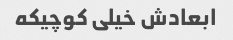
ابعادش خیلی کوچیکه